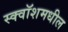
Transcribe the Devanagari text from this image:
स्क्वॉशमधील